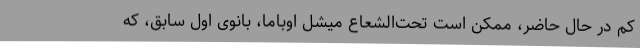
کم در حال حاضر، ممکن است تحت‌الشعاع میشل اوباما، بانوی اول سابق، که